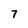
Character: 7